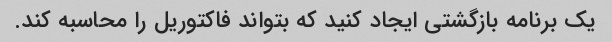
یک برنامه بازگشتی ایجاد کنید که بتواند فاکتوریل را محاسبه کند.